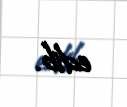
edib.